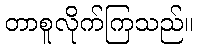
တာစူလိုက်ကြသည်။